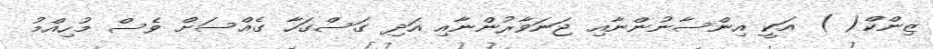
ޒިންކް( ) އަކީ އިންސާނުންނާއި ޖަނަވާރުންނާއި އަދި ގަސްގަހާ ގެއްސަށް ވެސް މުހިއްމު